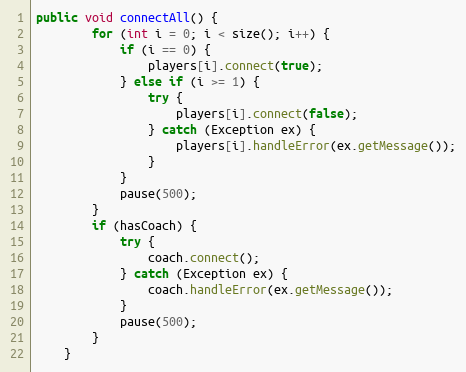
Language: Java
public void connectAll() {
        for (int i = 0; i < size(); i++) {
            if (i == 0) {
                players[i].connect(true);
            } else if (i >= 1) {
                try {
                    players[i].connect(false);
                } catch (Exception ex) {
                    players[i].handleError(ex.getMessage());
                }
            }
            pause(500);
        }
        if (hasCoach) {
            try {
                coach.connect();
            } catch (Exception ex) {
                coach.handleError(ex.getMessage());
            }
            pause(500);
        }
    }